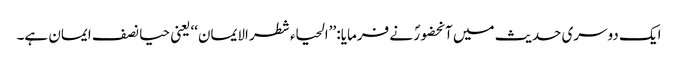
ایک دوسری حدیث میں آنحضورؐ نے فرمایا: ’’الحیاء شطر الایمان‘‘ یعنی حیا نصف ایمان ہے۔